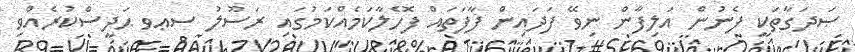
ޞަދަގާތަކީ ފެނުން އަލިފާން ނިވޭ ފަދައިން ފާފަތައް ފޮހެލާކަމެއްކަމުގައި ރަސޫލު ސޢވ ޙަދީސްކުރެއްވި